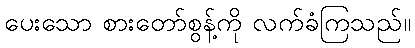
ပေးသော စားတော်စွန့်ကို လက်ခံကြသည်။